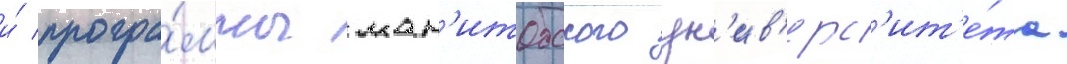
и́ програ́ммы ман'итобского ун'ив'ерс'ит'е́та